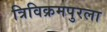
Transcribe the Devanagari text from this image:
त्रिविक्रमपुरला